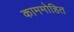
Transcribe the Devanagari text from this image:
काममोहित